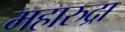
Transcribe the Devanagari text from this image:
महारुद्रा